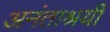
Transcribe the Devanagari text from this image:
अनंताश्रयी